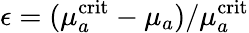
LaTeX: \epsilon=(\mu_{a}^{\mathrm{crit}}-\mu_{a})/\mu_{a}^{\mathrm{crit}}